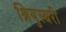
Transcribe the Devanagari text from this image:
श्रियुस्बरी